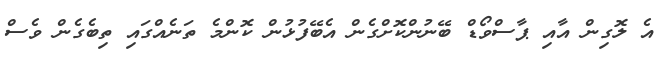
އެ ލޮގިން އާއި ޕާސްވޯޑް ބޭނުންކޮށްގެން އެބޭފުޅުން ކޮންމެ ތަނެއްގައި ތިބެގެން ވެސް